Lunatic asylums Punjab 1895-1910 - 1895-1910
Year: 1895
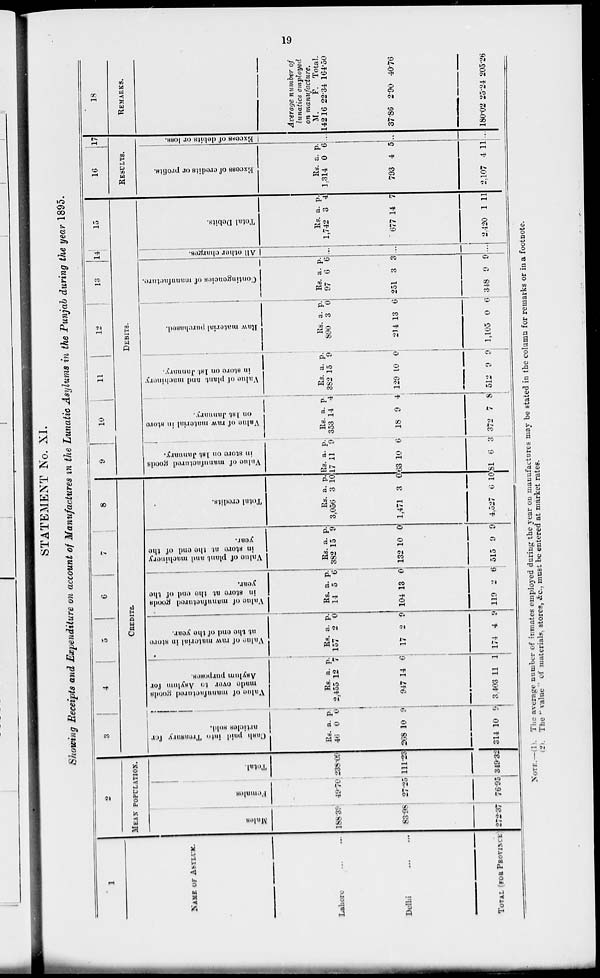
19
STATEMENT No. XL
Showing Receipts and Expenditure on account of Manufactures in the Lunatic Asylums in the Punjab during the year 1895.
1
NAME OF ASYLUM.
Lahore
...
...
Delhi
...
...
TOTAL (FOR PROVINCE)
2
HEAK POPULATION.
Males.
188.39
83.98
272.37
Females.
49.70
27.25
76.95
Total.
238.09
111.23
349.32
3
4
5 6 7
8
CREDITS.
Cash paid into Treasury for
articles sold.
Rs.
46
268
314
a.
0
10
10
p.
0
9
9
Value
of manufactured goods
made
over to Asylum for
Asylum purposes.
Rs.
2,455
947
3,403
a.
12
14
11
p.
7
6
1
Value
of raw material
in store
at the and of the year.
Rs.
157
17
174
a.
2
2
4
p.
0
9
9
Value
of manufactured goods
in store at the and of the
year.
Rs.
14
104
119
a.
5
13
2
p.
6
0
6
Value
of plant and machinery
in store at the and of the
year.
Rs.
382
132
515
a.
15
10
9
p.
9
0
9
Total credits.
Rs.
3,056
1,471
4,527
a.
3
3
6
p.
10
0
10
9
10
11
12
13
14
15
DEBITS.
Value of manufactured goods
in store on 1st January.
Rs.
17
63
81
a.
11
10
6
p.
9
6
3
Value
of raw material in store
on 1st January.
Rs.
353
18
372
a.
14
9
7
p.
4
4
8
Value of plant and machinery
in store on 1st January.
Rs.
382
129
512
a.
15
10
9
p.
9
0
9
Raw
material purchased.
Rs
890
214
1,105
a.
3
13
0
p.
0
6
6
Contingencies of manufacture.
Rs.
97
251
348
a.
6
3
9
p.
6
3
9
All other charges.
...
...
...
Total Debits.
Rs.
1,742
677
2,420
a.
3
14
1
p.
4
7
11
16
17
RESULTS.
Excess of credits or profits.
Rs.
1,314
793
2,107
a.
0
4
4
p.
6
5
11
Excess of debits or loss.
...
...
...
18
REMARKS.
Average number of
lunatics employed
on manufactured.
M.
142.16
37.86
180.02
F.
22.34
2.90
25.24
Total.
164.50
40.76
205.26
NOTE.—(1). The average number of inmates employed during the year on manufactures may be stated in the column for remarks or in a footnote.
(2). The " value " of materials, stores, &c, must be entered at market rates.